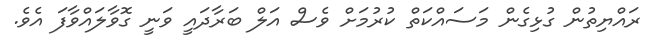
ރައްޔިތުން ގުޅިގެން މަސައްކަތް ކުރުމަށް ވެސް އަލް ބަރާދައީ ވަނީ ގޮވާލައްވާފަ އެވެ.